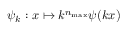
\psi _ { k } : x \mapsto k ^ { n _ { \operatorname* { m a x } } } \psi ( k x )